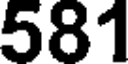
581